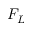
F _ { L }